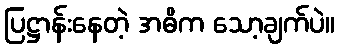
ပြဋ္ဌာန်းနေတဲ့ အဓိက သော့ချက်ပဲ။